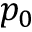
p _ { 0 }